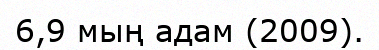
6,9 мың адам (2009).